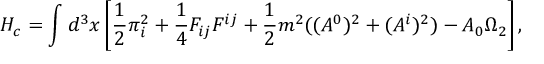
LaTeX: H _ { c } = \int d ^ { 3 } x \left[ \frac { 1 } { 2 } \pi _ { i } ^ { 2 } + \frac { 1 } { 4 } F _ { i j } F ^ { i j } + \frac { 1 } { 2 } m ^ { 2 } ( ( A ^ { 0 } ) ^ { 2 } + ( A ^ { i } ) ^ { 2 } ) - A _ { 0 } \Omega _ { 2 } \right] ,